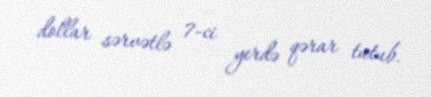
dollar sərvətlə 7-ci yerdə qərar tutub.